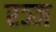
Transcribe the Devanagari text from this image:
रञ्ज